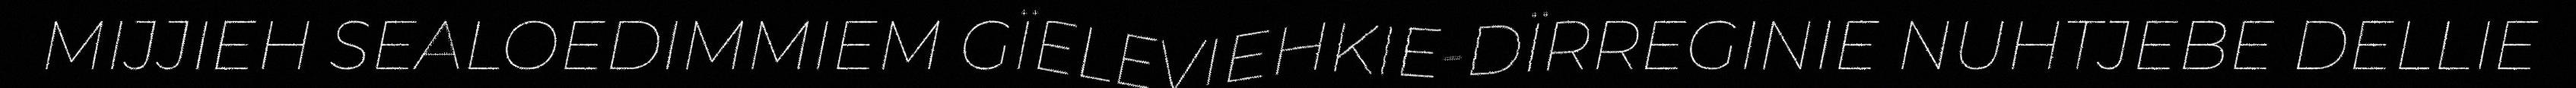
MIJJIEH SEALOEDIMMIEM GÏELEVIEHKIE-DÏRREGINIE NUHTJEBE DELLIE